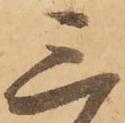
三